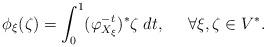
LaTeX: \begin{align*}\phi_\xi(\zeta)=\int_0^1 (\varphi^{-t}_{X_\xi})^* \zeta\;dt,\;\;\;\;\; \forall \xi,\zeta\in V^*.\end{align*}